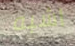
اشبه